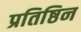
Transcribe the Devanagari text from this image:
प्रतिष्ठिन